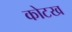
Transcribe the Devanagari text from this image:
कोटख